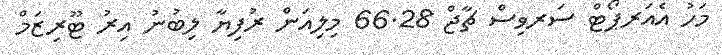
މަހު އެއަރޕޯޓް ސަރވިސް ޗާޖް 66.28 މިލިއަން ރުފިޔާ ލިބުނު އިރު ޓޫރިޒަމް